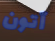
آتون